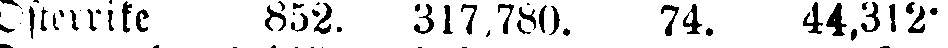
Österrike 852. 317,780. 74. 44,312-